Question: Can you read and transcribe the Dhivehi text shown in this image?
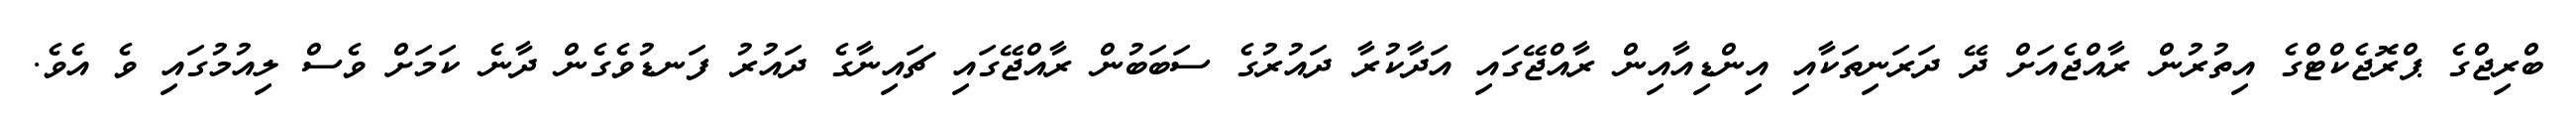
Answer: ބްރިޖްގެ ޕްރޮޖެކްޓްގެ އިތުރުން ރާއްޖެއަށް ދޭ ދަރަނިތަކާއި އިންޑިއާއިން ރާއްޖޭގައި އަދާކުރާ ދައުރުގެ ސަބަބުން ރާއްޖޭގައި ޗައިނާގެ ދައުރު ފަނޑުވެގެން ދާނެ ކަމަށް ވެސް ލިއުމުގައި ވެ އެވެ.